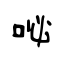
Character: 咇